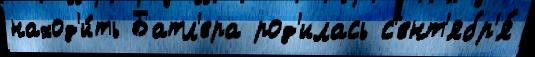
наход'и́ть Батл'ера род'илась с'ент'ябр'я́